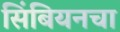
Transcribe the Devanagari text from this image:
सिंबियनचा